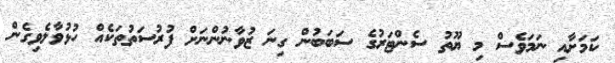
ކަމަށާއި ނަމަވެސް މި ޔޫތު ސެންޓަރުގެ ސަބަބުން ގިނަ ޒުވާނުންނަށް ފުރުސަތުތަކެއް ހުޅުވާލެވިގެން